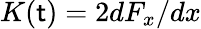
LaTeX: K(\mathsf{t})=2dF_{x}/dx